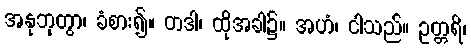
အနုဘုတွာ၊ ခံစား၍။ တဒါ၊ ထိုအခါ၌။ အဟံ၊ ငါသည်။ ဥတ္တရိ၊